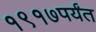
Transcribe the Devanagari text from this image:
१९१७पर्यंत